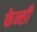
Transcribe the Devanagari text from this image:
फेन्सी